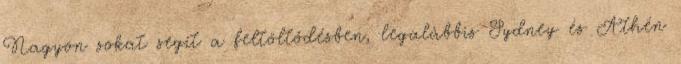
Nagyon sokat segít a feltöltődésben, legalábbis Sydney és Athén